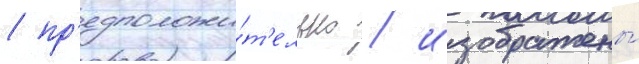
/ пр'едположи́т'ельно / изображены́